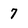
Character: 7